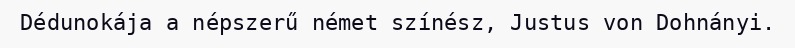
Dédunokája a népszerű német színész, Justus von Dohnányi.